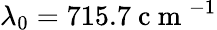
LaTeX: \lambda_{0}=715.7\mathrm{~c~m~}^{-1}